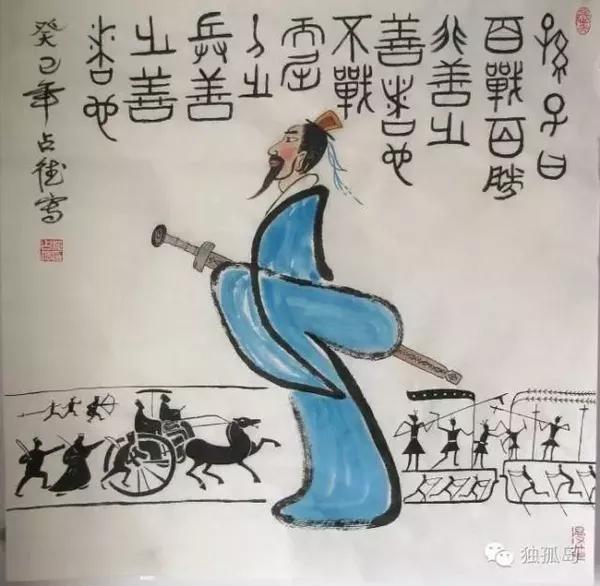
至诚而不动者，未之有也不诚，未有能动者也。